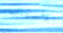
للأسباب